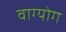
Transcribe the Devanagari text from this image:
वाग्योग